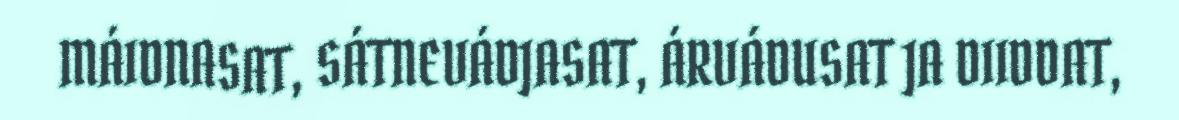
MÁIDNASAT, SÁTNEVÁDJASAT, ÁRVÁDUSAT JA DIIDDAT,